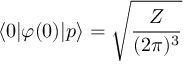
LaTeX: \langle 0 | \varphi ( 0 ) | p \rangle = { \sqrt { \frac { Z } { ( 2 \pi ) ^ { 3 } } } }